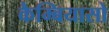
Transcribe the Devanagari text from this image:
कैम्बियासो